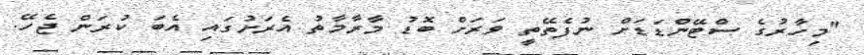
"މިހާރުގެ ސްޓޭންޑަޑަށް ނުފެތޭތީ ވަރަށް ބޮޑު މާރާމާތު އެރަށުގައި އެބަ ކުރަން ޖެހޭ.